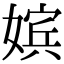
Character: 嫔